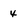
Character: 4